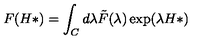
F ( H * ) = \int _ { C } d \lambda \tilde { F } ( \lambda ) \exp ( \lambda H * )